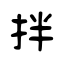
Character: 拌